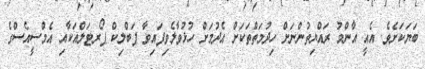
ބަޔަކަށެވެ. އެއީ އާންމު ރައްޔިތުންނަށް ހިދުމަތްތަކަށް އެދުމަށް ހުޅުވާލެވިފައިވާ ޕަބްލިކް ޕޯރޓަލްއަކާއި އެމްސީއެސްގެ